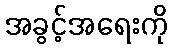
အခွင့်အရေးကို